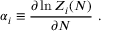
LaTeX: \alpha _ { i } \equiv { \frac { \partial \ln Z _ { i } ( N ) } { \partial N } } \ .